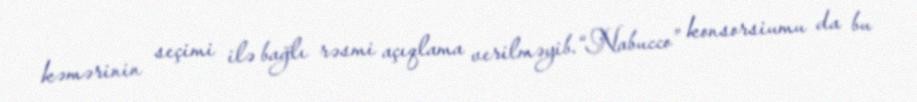
kəmərinin seçimi ilə bağlı rəsmi açıqlama verilməyib.“Nabucco” konsorsiumu da bu